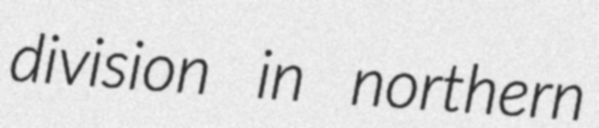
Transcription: division in northern